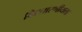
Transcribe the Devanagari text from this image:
विस्तारणीयता